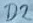
Text: D2